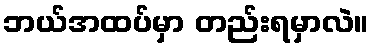
ဘယ်အထပ်မှာ တည်းရမှာလဲ။